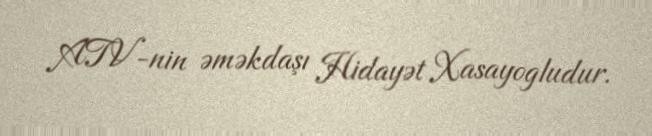
ATV-nin əməkdaşı Hidayət Xasayogludur.